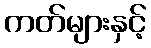
ကတ်များနှင့်